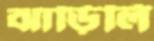
ঝাড়িলি